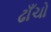
ઢાઁચો